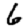
Digit: 6